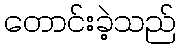
တောင်းခဲ့သည်